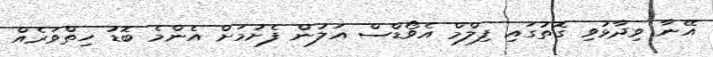
އޭނާ ވިދާޅުވި ގޮތުގައި ފިލްމް އެވޯޑްސް އަލުން ފެށުމަށް އެންމެ ބޮޑު ހިތްވަރެއް